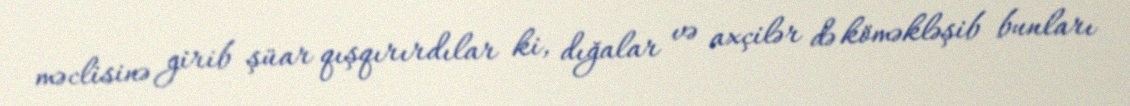
məclisinə girib şüar qışqırırdılar ki, dığalar və axçilər də köməkləşib bunları